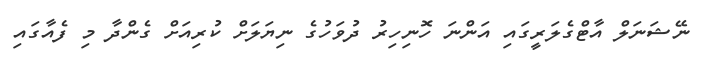
ނޭޝަނަލް އާޓްގެލަރީގައި އަންނަ ހޮނިހިރު ދުވަހުގެ ނިޔަލަށް ކުރިއަށް ގެންދާ މި ފެއާގައި